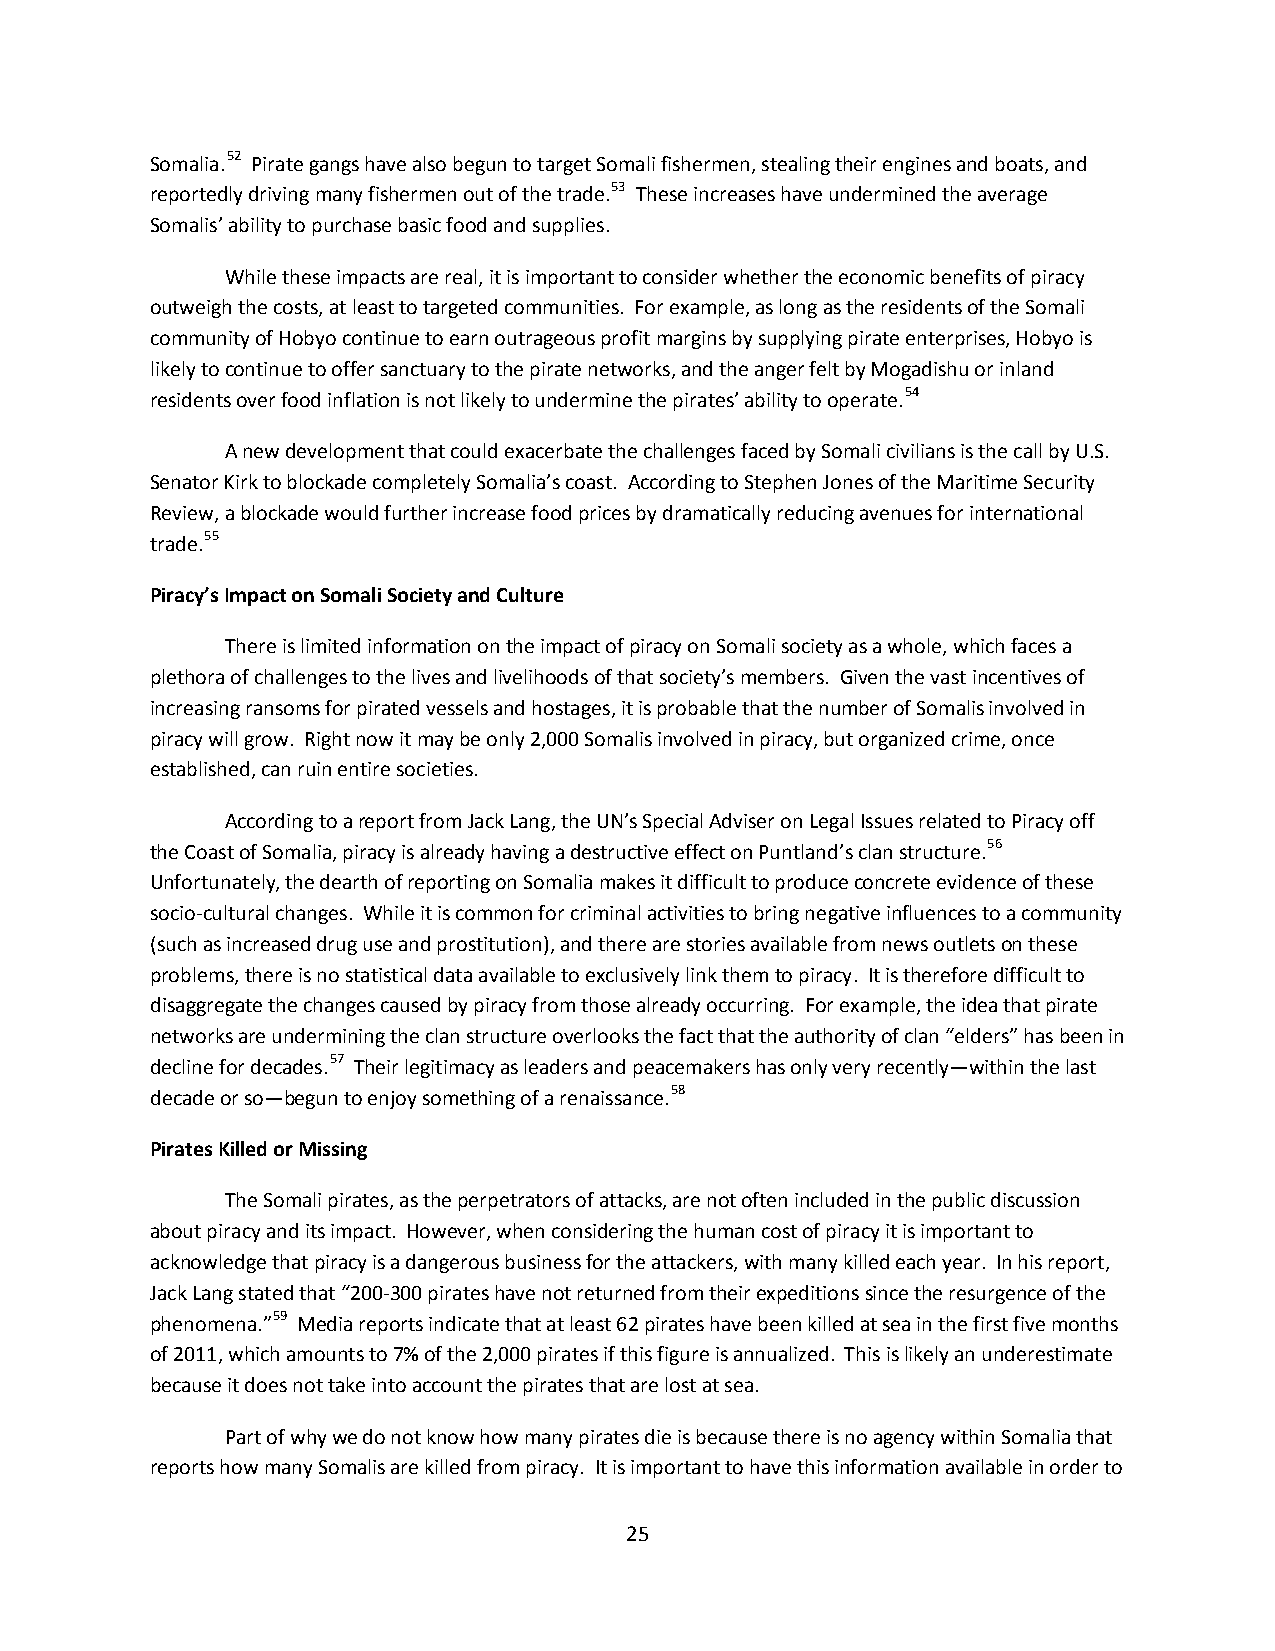
Somalia.52 Pirate gangs have also begun to target Somali fishermen, stealing their engines and boats, and
 reportedly driving many fishermen out of the trade.53 These increases have undermined the average
 Somalis’ ability to purchase basic food and supplies.
 While these impacts are real, it is important to consider whether the economic benefits of piracy
 outweigh the costs, at least to targeted communities. For example, as long as the residents of the Somali
 community of Hobyo continue to earn outrageous profit margins by supplying pirate enterprises, Hobyo is
 likely to continue to offer sanctuary to the pirate networks, and the anger felt by Mogadishu or inland
 residents over food inflation is not likely to undermine the pirates’ ability to operate.54
 A new development that could exacerbate the challenges faced by Somali civilians is the call by U.S.
 Senator Kirk to blockade completely Somalia’s coast. According to Stephen Jones of the Maritime Security
 Review, a blockade would further increase food prices by dramatically reducing avenues for international
 trade.55
 Piracy’s Impact on Somali Society and Culture
 There is limited information on the impact of piracy on Somali society as a whole, which faces a
 plethora of challenges to the lives and livelihoods of that society’s members. Given the vast incentives of
 increasing ransoms for pirated vessels and hostages, it is probable that the number of Somalis involved in
 piracy will grow. Right now it may be only 2,000 Somalis involved in piracy, but organized crime, once
 established, can ruin entire societies.
 According to a report from Jack Lang, the UN’s Special Adviser on Legal Issues related to Piracy off
 the Coast of Somalia, piracy is already having a destructive effect on Puntland’s clan structure.56
 Unfortunately, the dearth of reporting on Somalia makes it difficult to produce concrete evidence of these
 socio-cultural changes. While it is common for criminal activities to bring negative influences to a community
 (such as increased drug use and prostitution), and there are stories available from news outlets on these
 problems, there is no statistical data available to exclusively link them to piracy. It is therefore difficult to
 disaggregate the changes caused by piracy from those already occurring. For example, the idea that pirate
 networks are undermining the clan structure overlooks the fact that the authority of clan “elders” has been in
 decline for decades.57 Their legitimacy as leaders and peacemakers has only very recently—within the last
 decade or so—begun to enjoy something of a renaissance.58
 Pirates Killed or Missing
 The Somali pirates, as the perpetrators of attacks, are not often included in the public discussion
 about piracy and its impact. However, when considering the human cost of piracy it is important to
 acknowledge that piracy is a dangerous business for the attackers, with many killed each year. In his report,
 Jack Lang stated that “200-300 pirates have not returned from their expeditions since the resurgence of the
 phenomena.”59 Media reports indicate that at least 62 pirates have been killed at sea in the first five months
 of 2011, which amounts to 7% of the 2,000 pirates if this figure is annualized. This is likely an underestimate
 because it does not take into account the pirates that are lost at sea.
 Part of why we do not know how many pirates die is because there is no agency within Somalia that
 reports how many Somalis are killed from piracy. It is important to have this information available in order to
 25